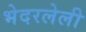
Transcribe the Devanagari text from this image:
भेदरलेली